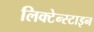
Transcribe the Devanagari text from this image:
लिक्टेन्स्टाइन